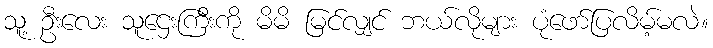
သူ့ ဦးလေး သူဌေးကြီးကို မိမိ မြင်လျှင် ဘယ်လိုများ ပုံဖော်ပြလိမ့်မလဲ။